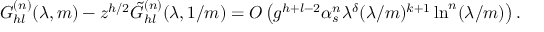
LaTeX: G _ { h l } ^ { ( n ) } ( \lambda , m ) - z ^ { h / 2 } \tilde { G } _ { h l } ^ { ( n ) } ( \lambda , 1 / m ) = O \left( g ^ { h + l - 2 } \alpha _ { s } ^ { n } \lambda ^ { \delta } ( \lambda / m ) ^ { k + 1 } \ln ^ { n } ( \lambda / m ) \right) .